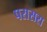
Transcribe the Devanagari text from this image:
परासरा